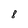
Character: 8